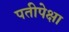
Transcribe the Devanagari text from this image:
पतीपेक्षा